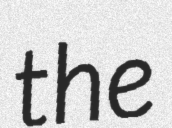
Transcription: the